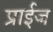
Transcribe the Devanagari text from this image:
प्राईज